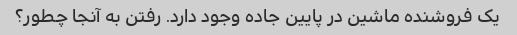
یک فروشنده ماشین در پایین جاده وجود دارد. رفتن به آنجا چطور؟